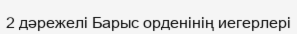
2 дәрежелі Барыс орденінің иегерлері